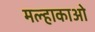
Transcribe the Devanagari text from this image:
मल्हाकाओ